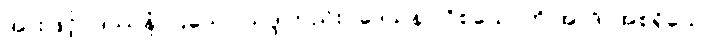
အားဖြင့်။ ဒဿနံ၊ ပြသော သဒ္ဒါတည်း။ ဒေသနာ ဝိစယောတိ အာဒိ၊ အစရှိသော